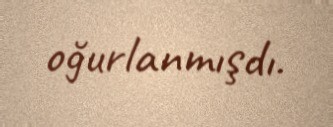
oğurlanmışdı.